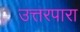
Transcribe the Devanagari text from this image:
उत्तरपारा